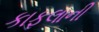
કાફલાની